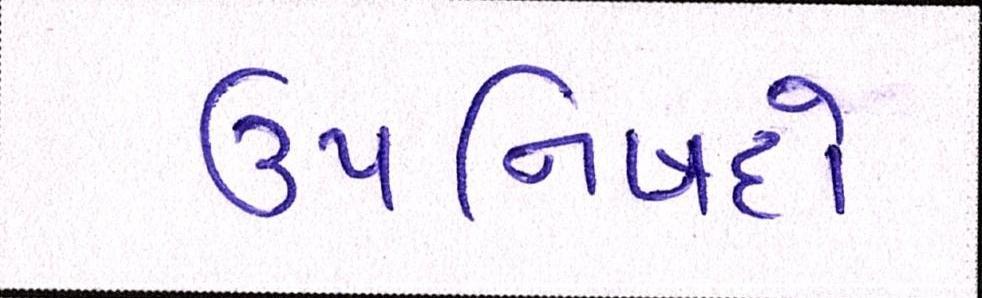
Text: ઉપનિષદો